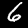
Digit: 6